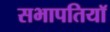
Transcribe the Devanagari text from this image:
सभापतियॉ